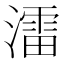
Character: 㵢